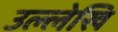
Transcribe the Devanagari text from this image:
उल्लेखि